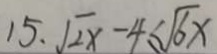
1 5 . \sqrt { 2 x } - 4 \leq \sqrt { 6 } x